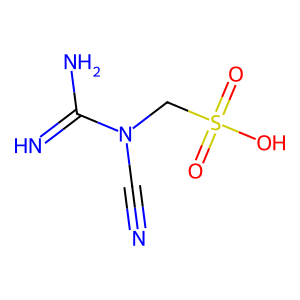
SMILES: N#CN(CS(=O)(=O)O)C(=N)N
Inhibits HIV replication: No